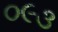
૦૯૩